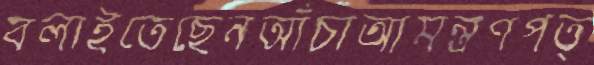
বলাইতেছেনআঁচাআমন্ত্রণপত্